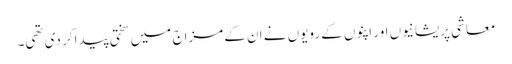
معاشی پریشانیوں اور اپنوں کے رویوں نے ان کے مزاج میں سختی پیدا کر دی تھی۔